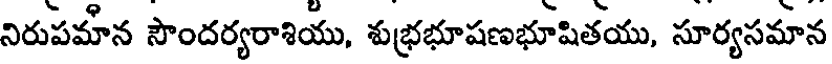
నిరుపమాన సౌందర్యరాశియు, శుభ్రభూషణభూషితయు, సూర్యసమాన